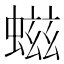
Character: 螆